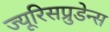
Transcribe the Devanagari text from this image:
ज्यूरिसप्रुडेन्स